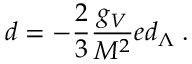
d = - { \frac { 2 } { 3 } } { \frac { g _ { V } } { M ^ { 2 } } } e d _ { \Lambda } \; .